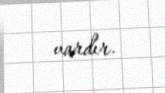
vardır.